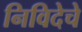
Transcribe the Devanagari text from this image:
निविदेचे